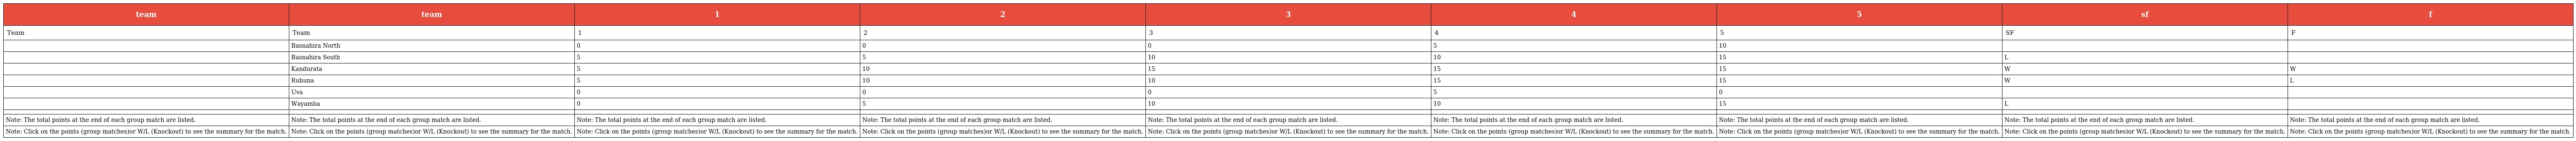
| team | team | 1 | 2 | 3 | 4 | 5 | sf | f |
 | --- | --- | --- | --- | --- | --- | --- | --- | --- |
 | Team | Team | 1 | 2 | 3 | 4 | 5 | SF | F |
 |  | Basnahira North | 0 | 0 | 0 | 5 | 10 |  |  |
 |  | Basnahira South | 5 | 5 | 10 | 10 | 15 | L |  |
 |  | Kandurata | 5 | 10 | 15 | 15 | 15 | W | W |
 |  | Ruhuna | 5 | 10 | 10 | 15 | 15 | W | L |
 |  | Uva | 0 | 0 | 0 | 5 | 0 |  |  |
 |  | Wayamba | 0 | 5 | 10 | 10 | 15 | L |  |
 |  |  |  |  |  |  |  |  |  |
 | Note: The total points at the end of each group match are listed. | Note: The total points at the end of each group match are listed. | Note: The total points at the end of each group match are listed. | Note: The total points at the end of each group match are listed. | Note: The total points at the end of each group match are listed. | Note: The total points at the end of each group match are listed. | Note: The total points at the end of each group match are listed. | Note: The total points at the end of each group match are listed. | Note: The total points at the end of each group match are listed. |
 | Note: Click on the points (group matches)or W/L (Knockout) to see the summary for the match. | Note: Click on the points (group matches)or W/L (Knockout) to see the summary for the match. | Note: Click on the points (group matches)or W/L (Knockout) to see the summary for the match. | Note: Click on the points (group matches)or W/L (Knockout) to see the summary for the match. | Note: Click on the points (group matches)or W/L (Knockout) to see the summary for the match. | Note: Click on the points (group matches)or W/L (Knockout) to see the summary for the match. | Note: Click on the points (group matches)or W/L (Knockout) to see the summary for the match. | Note: Click on the points (group matches)or W/L (Knockout) to see the summary for the match. | Note: Click on the points (group matches)or W/L (Knockout) to see the summary for the match. |